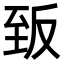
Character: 𮍡